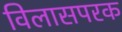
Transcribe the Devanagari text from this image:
विलासपरक